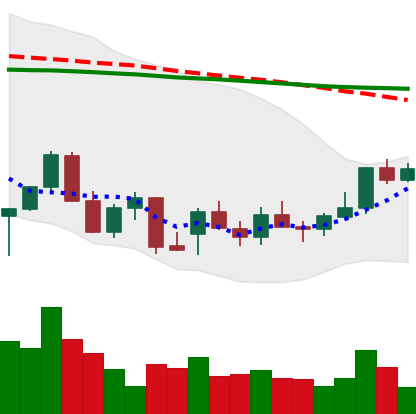
Ticker: LINK-USD
Chart end date: 2021-12-25
Forward return: -9.719%
Label: down_7plus